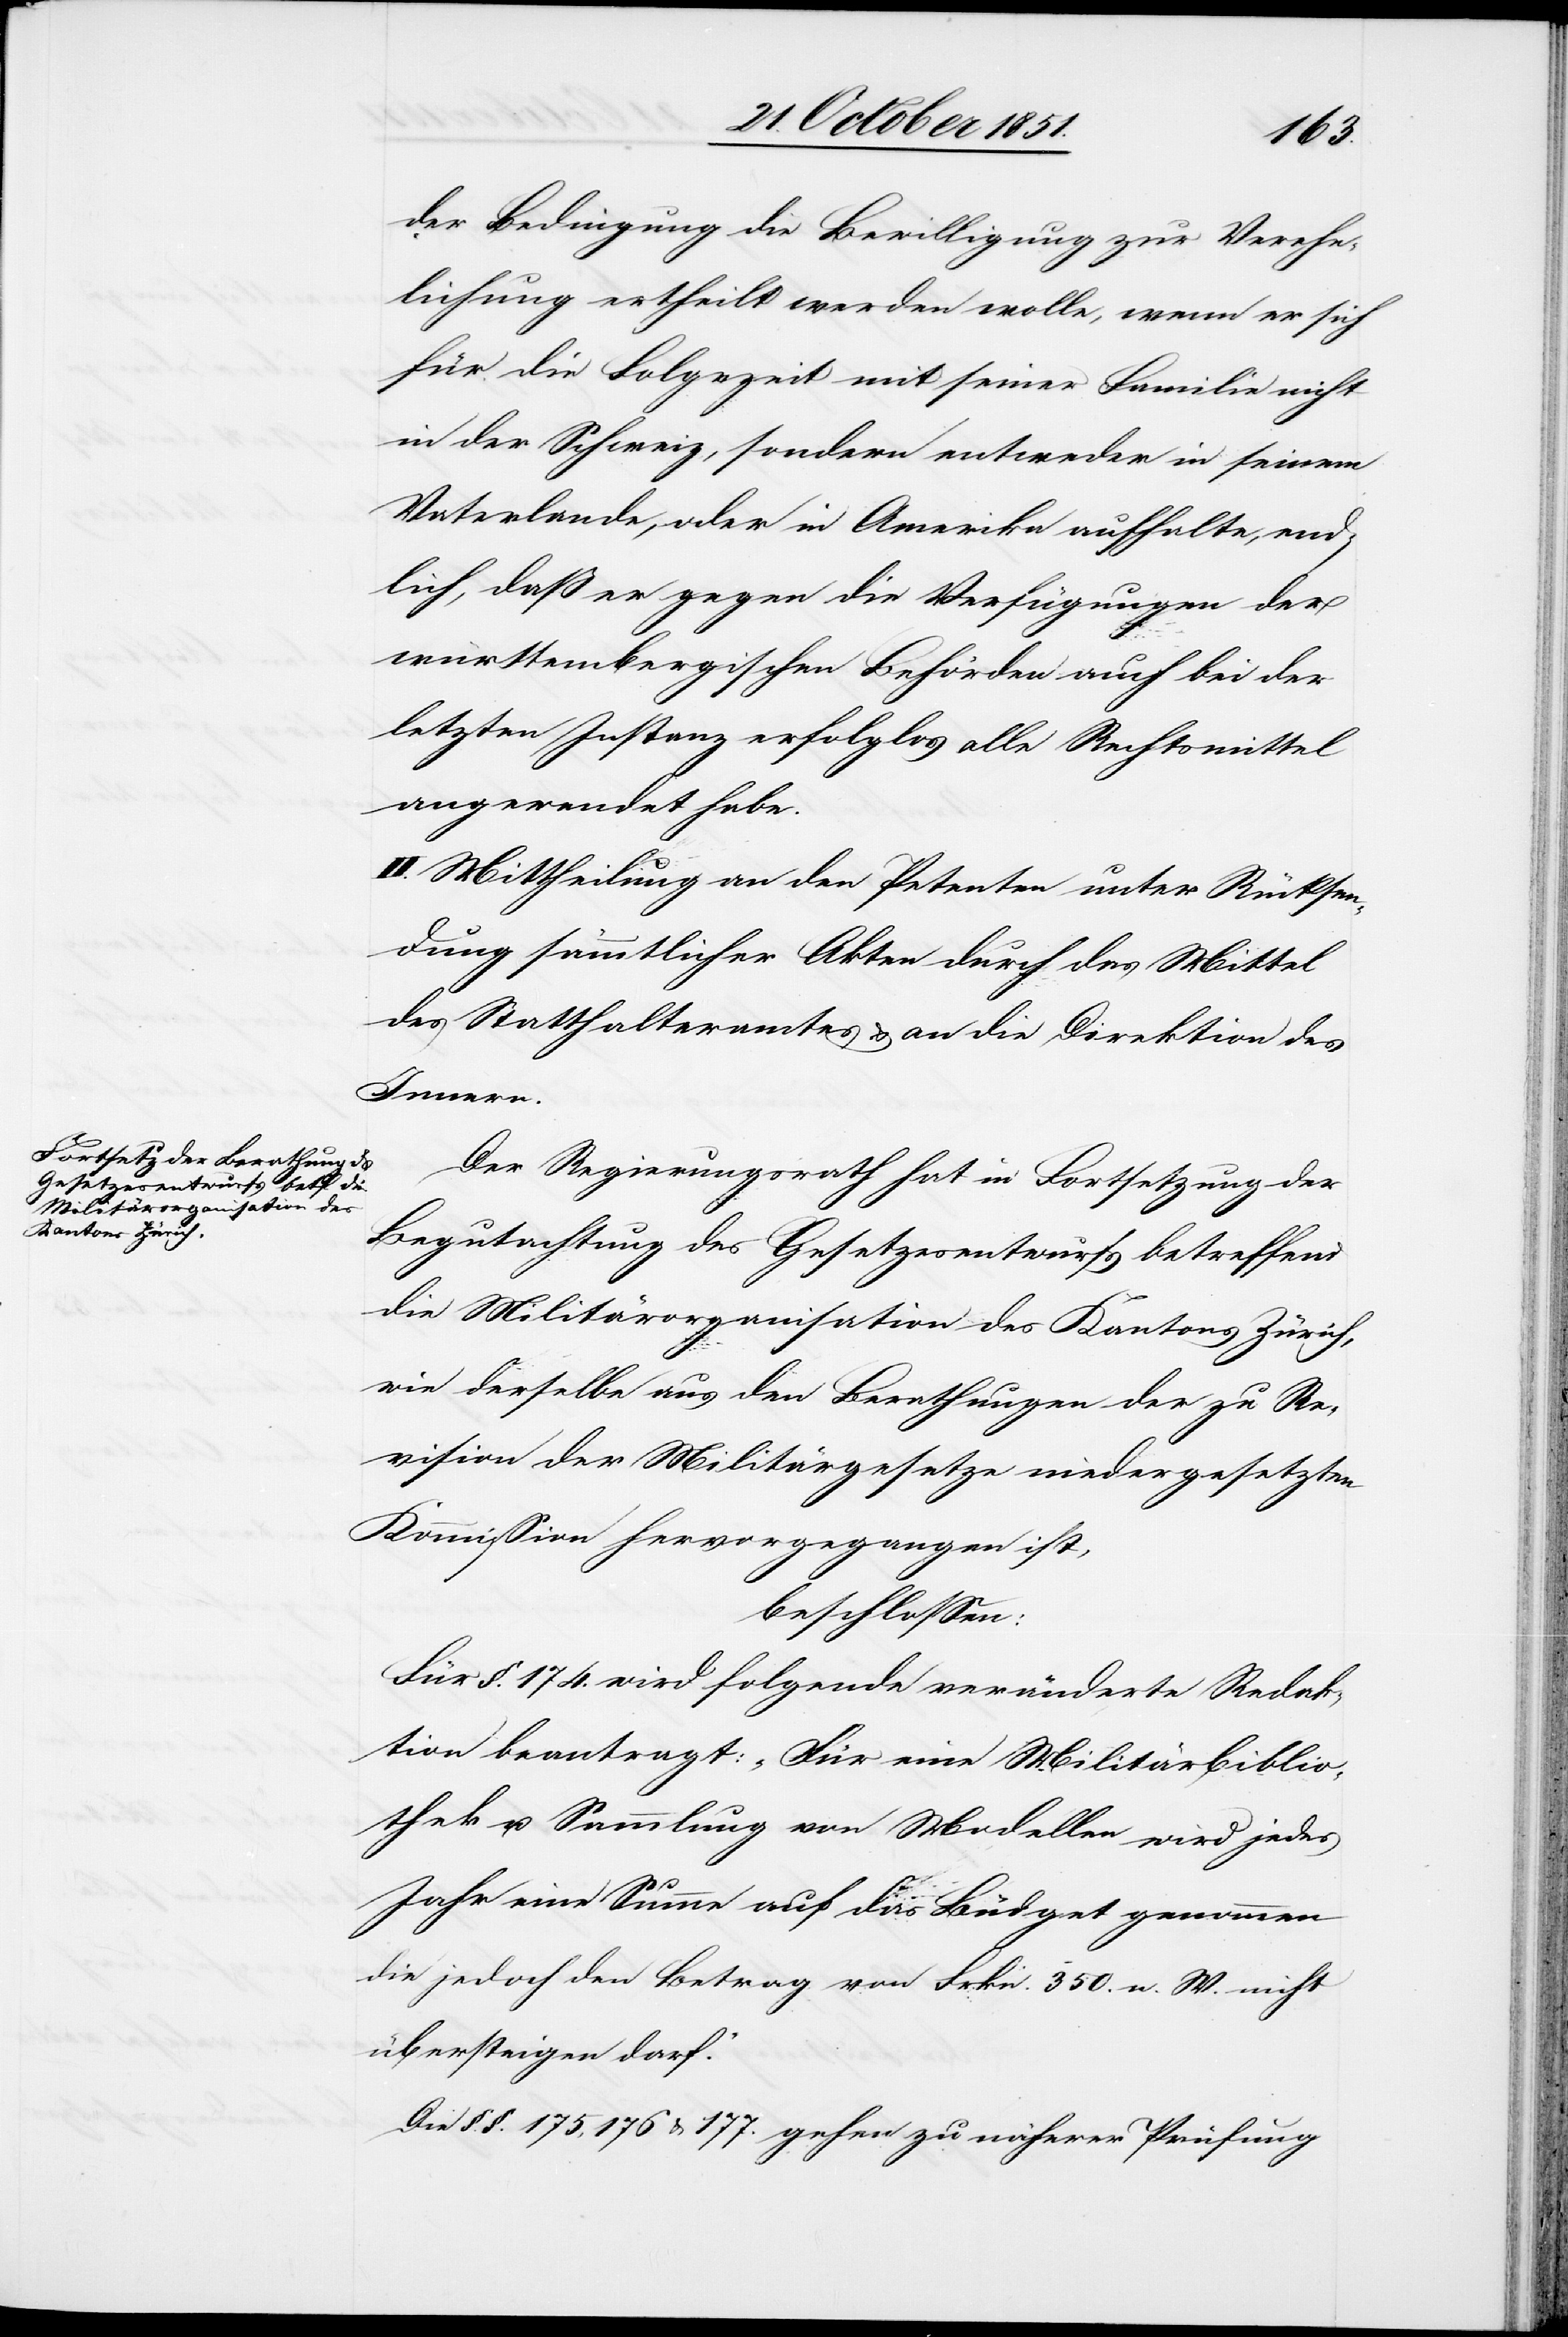
der Bedingung die Bewilligung zur Verehe¬
lichung ertheilt werden wolle, wenn er sich
für die Folgezeit mit seiner Familie nicht
in der Schweiz, sondern entweder in seinem
Vaterlande, oder in Amerika aufhalte, end¬
lich, daß er gegen die Verfügungen der
württembergischen Behörden auch bei der
letzten Instanz erfolglos alle Rechtsmittel
angewendet habe.
II. Mittheilung an den Petenten unter Rücksen¬
dung sämmtlicher Akten durch das Mittel
des Statthalteramtes & an die Direktion des
Innern.
Der Regierungsrath hat in Fortsetzung der
Begutachtung des Gesetzesentwurfs betreffend
die Militärorganisation des Kantons Zürich,
wie derselbe aus den Berathungen der zu Re¬
vision der Militärgesetze niedergesetzten
Kommission hervorgegangen ist,
beschlossen:
Für §. 174. wird folgende veränderte Redak¬
tion beantragt: „Für eine Militärbiblio¬
thek u. Sammlung von Modellen wird jedes
Jahr eine Summe auf das Büdget genommen
die jedoch den Betrag von Frkn. 350. n. W. nicht
übersteigen darf.“
Die §. §. 175, 176 & 177. gehen zu näherer Prüfung